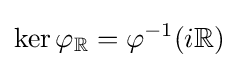
\ker \varphi _{\mathbb {R} }=\varphi ^{-1}(i\mathbb {R} )